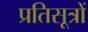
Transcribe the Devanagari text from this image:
प्रतिसूत्रों